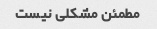
مطمئن مشکلی نیست